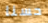
حسنا